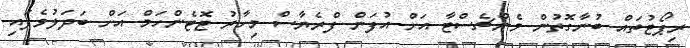
ރިޕޯޓުތައް ބުނާގޮތުން މެންޗެސްޓާ އަށް އުފަން ފްރެޔާސް މިހާރު ޓޮޓެންހަމް އަށް ބަދަލުވެފައި